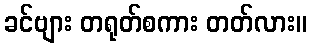
ခင်ဗျား တရုတ်စကား တတ်လား။